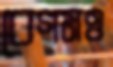
বেগমও